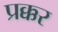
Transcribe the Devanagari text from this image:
प्रक्कर